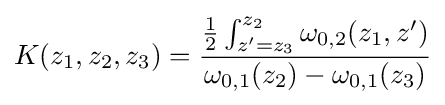
K(z_{1},z_{2},z_{3})={\frac {{\frac {1}{2}}\int _{z'=z_{3}}^{z_{2}}\omega _{0,2}(z_{1},z')}{\omega _{0,1}(z_{2})-\omega _{0,1}(z_{3})}}